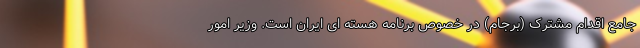
جامع اقدام مشترک (برجام) در خصوص برنامه هسته ای ایران است. وزیر امور